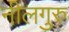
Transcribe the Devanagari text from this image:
नीलगुरु